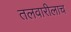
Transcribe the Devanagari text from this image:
तलवारीलाच